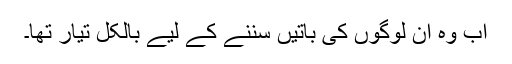
اب وہ ان لوگوں کی باتیں سننے کے لیے بالکل تیار تھا۔